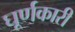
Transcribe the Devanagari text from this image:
घूर्णकारी